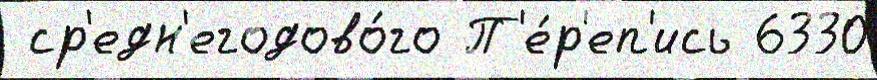
 ср'едн'егодово́го П'е́р'еп'ись 6330